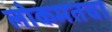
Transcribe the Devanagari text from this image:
लोकमतचा